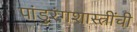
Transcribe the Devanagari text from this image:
पांडुरंगशास्त्रींची